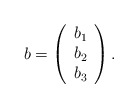
\begin{align*}b =\left(\begin{array}{c}b_1 \\b_2 \\b_3\end{array}\right).\end{align*}